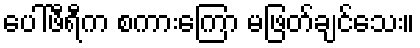
ပေါ်ဖီရီက စကားကြော မဖြတ်ချင်သေး။